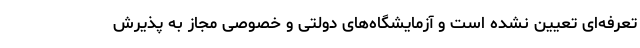
تعرفه‌ای تعیین نشده است و آزمایشگاه‌های دولتی و خصوصی مجاز به پذیرش